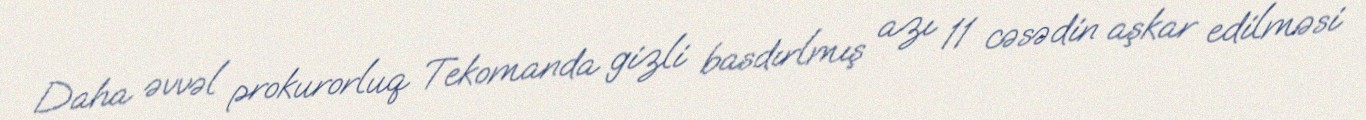
Daha əvvəl prokurorluq Tekomanda gizli basdırlmış azı 11 cəsədin aşkar edilməsi